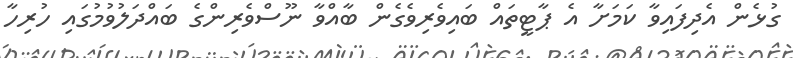
ގުޅެން އެދިފައިވާ ކަމަށާ އެ ޕާޓީތައް ބައިވެރިވެގެން ބާއްވާ ނޫސްވެރިންގެ ބައްދަލުވުމުގައި ހުރިހާ